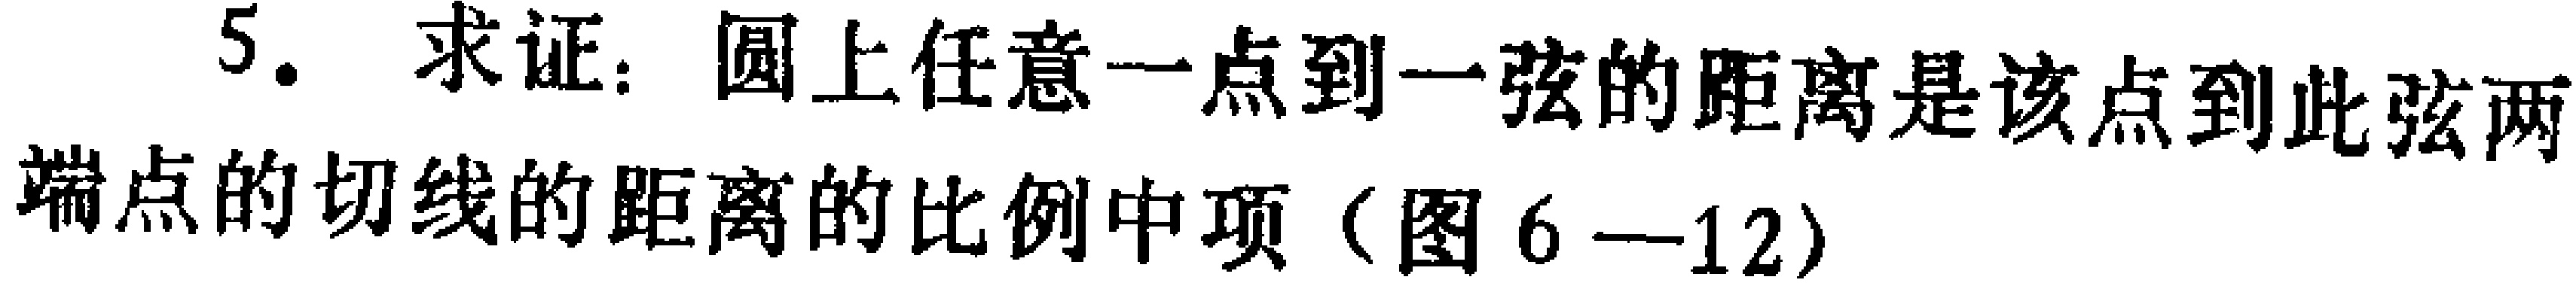
5. 求证：圆上任意一点到一弦的距离是该点到此弦两端点的切线的距离的比例中项（图6—12）